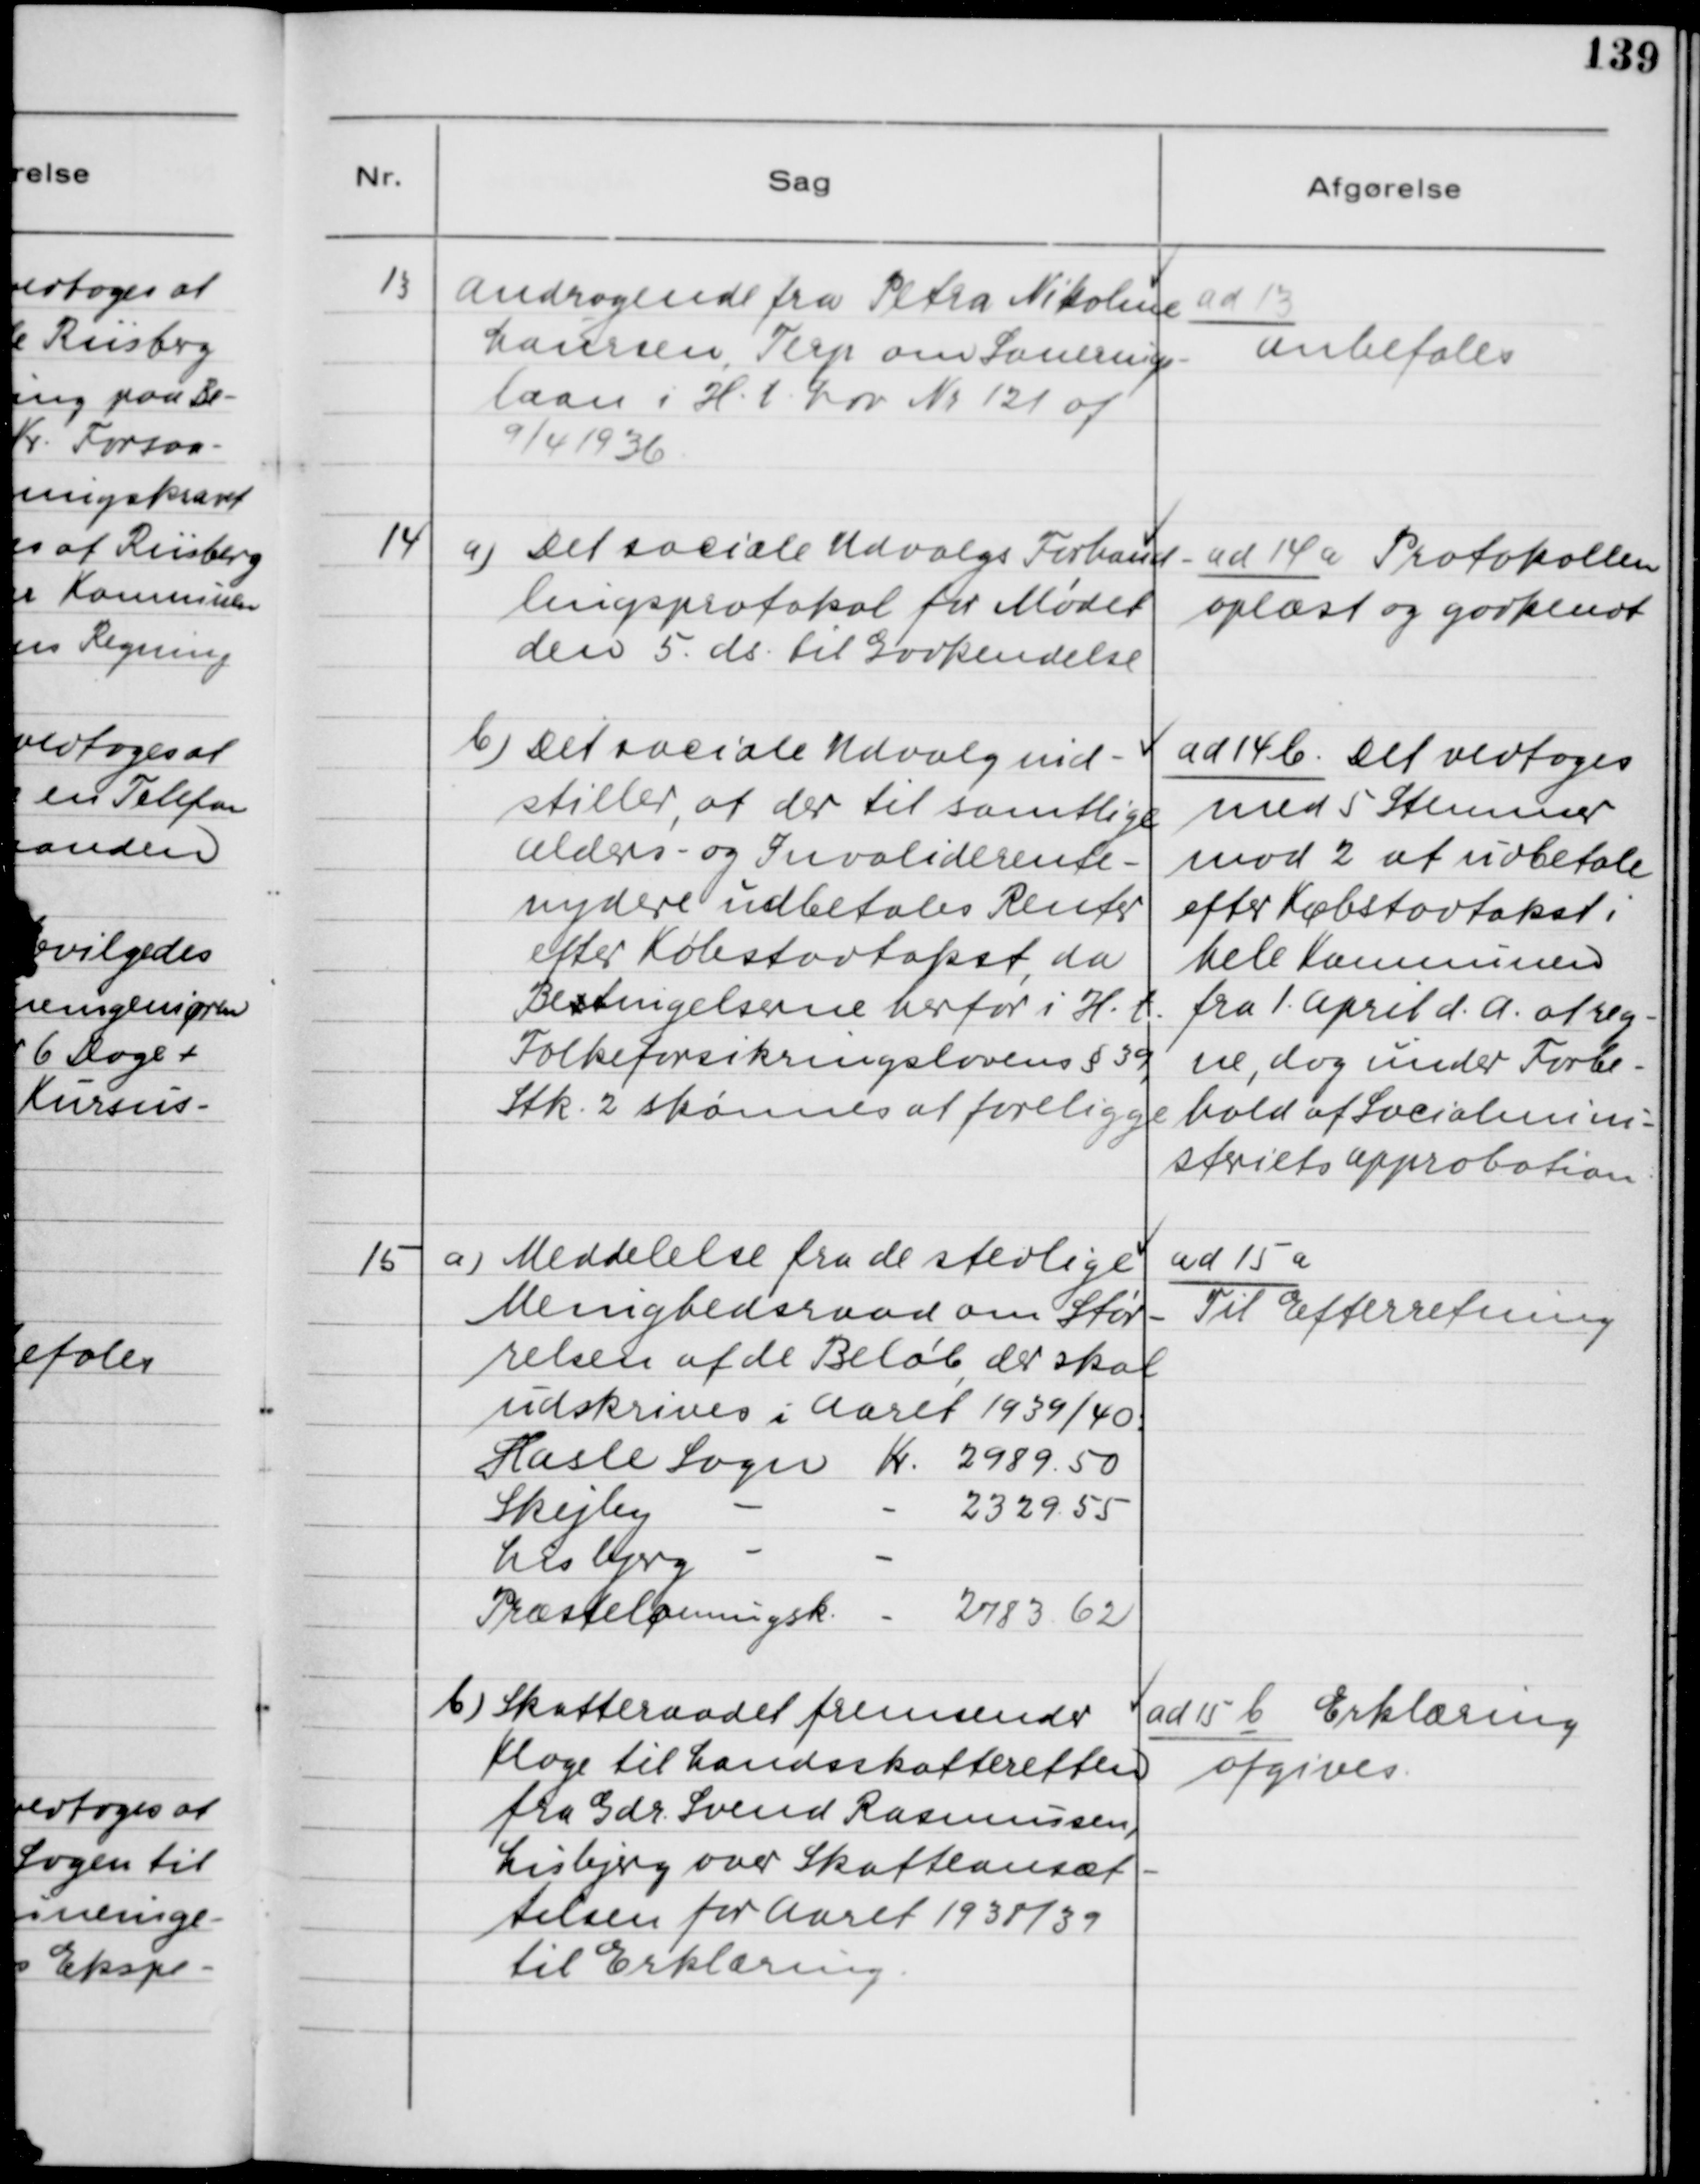
Transskription:
13. Andragende fra Petra Nikoline
Laursen, Terp om Sanerings-
laan i H.t. Lov Nr. 121 af
9/4 1936.

ad 13.
Anbefales

14. a) Det sociale Udvalgs Forhand-
lingsprotokol for Mødet
den 5. ds. til Godkendelse
b) Det sociale Udvalg ind-
stiller, at der til samtlige
Alders- og Invaliderente-
nydere udbetales Renter
efter Købstadstakst, da
Bestingelserne herfor i H.t.
Folkeforsikringsloven §39,
Stk. 2 skønnes at foreligge.

ad 14 a Protokollen
oplæst og godkendt
ad 14b. Det vedtoges
med 5 Stemmer
mod 2 at udbetale
efter Købstadstakst i
hele Kommunen
fra 1. April d.A. at reg-
ne, dog under Forbe-
hold af Socialmini-
steriets Approbation.

a5. a) Meddelelse fra de stedlige
Menighedsraad om Stør-
relsen af de Beløb, der skal
udskrives i Aaret 1939/40:
Hasle Sogn
Kr. 2989.50
Skejby -
- 2329.55
Lisbjerg -
-
Præstelønningsk.
- 2783.62
b) Skatteraadet fremsender
Klage til Landsskatteretten
fra Gdr. Svend Rasmussen,
Lisbjerg over Skatteansæt-
telsen for Aaret 1938/39
til Erklæring.

ad 15 a.
Til Efterretning
ad 15 b Erklæring
afgives